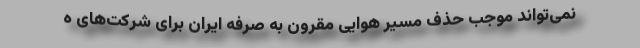
نمی‌تواند موجب حذف مسیر هوایی مقرون به صرفه ایران برای شرکت‌های ه